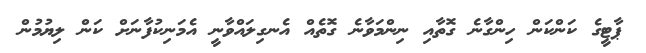
ޕާޓީގެ ކަންކަން ހިންގާނެ ގޮތާއި ނިންމަވާނެ ގޮތެއް އެނގިލައްވާނީ އެމަނިކުފާނަށް ކަން ލިޔުމުން